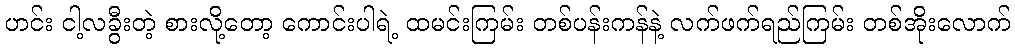
ဟင်း ငါ့လခွီးတဲ့ စားလို့တော့ ကောင်းပါရဲ့ ထမင်းကြမ်း တစ်ပန်းကန်နဲ့ လက်ဖက်ရည်ကြမ်း တစ်အိုးလောက်